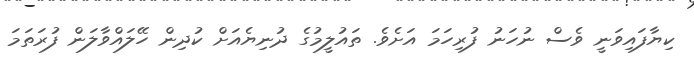
ކިޔާފައިވަނީ ވެސް ނުހަނު ފުރިހަމަ އަށެވެ. ތައުލީމުގެ ދުނިޔެއަށް ކުދިން ހޭލައްވާލަން ފުރަތަމަ